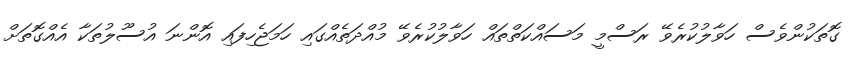
ގޮތަކުންވެސް ހަވާލުކުރެވޭ ރަސްމީ މަސައްކަތްތައް ހަވާލުކުރެވޭ މުއްދަތެއްގައި ހަމަޖެހިފައި އޮންނަ އުސޫލުތަކާ އެއްގޮތަށް